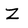
Character: Z